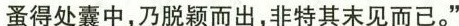
蚤得处囊中，乃脱颖而出，非特其末见而已。”